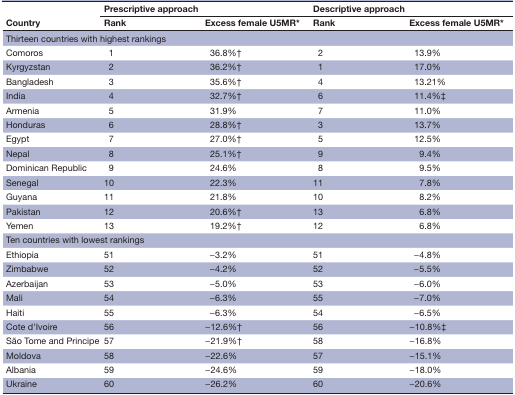
<table><thead><tr><td rowspan="2"><b>Country</b></td><td colspan="2"><b>Prescriptive approach</b></td><td colspan="2"><b>Descriptive approach</b></td></tr><tr><td><b>Rank</b></td><td><b>Excess female U5MR*</b></td><td><b>Rank</b></td><td><b>Excess female U5MR*</b></td></tr></thead><tbody><tr><td colspan="5">Thirteen countries with highest rankings</td></tr><tr><td>Comoros</td><td>1</td><td>36.8%†</td><td>2</td><td>13.9%</td></tr><tr><td>Kyrgyzstan</td><td>2</td><td>36.2%†</td><td>1</td><td>17.0%</td></tr><tr><td>Bangladesh</td><td>3</td><td>35.6%†</td><td>4</td><td>13.21%</td></tr><tr><td>India</td><td>4</td><td>32.7%†</td><td>6</td><td>11.4%‡</td></tr><tr><td>Armenia</td><td>5</td><td>31.9%</td><td>7</td><td>11.0%</td></tr><tr><td>Honduras</td><td>6</td><td>28.8%†</td><td>3</td><td>13.7%</td></tr><tr><td>Egypt</td><td>7</td><td>27.0%†</td><td>5</td><td>12.5%</td></tr><tr><td>Nepal</td><td>8</td><td>25.1%†</td><td>9</td><td>9.4%</td></tr><tr><td>Dominican Republic</td><td>9</td><td>24.6%</td><td>8</td><td>9.5%</td></tr><tr><td>Senegal</td><td>10</td><td>22.3%</td><td>11</td><td>7.8%</td></tr><tr><td>Guyana</td><td>11</td><td>21.8%</td><td>10</td><td>8.2%</td></tr><tr><td>Pakistan</td><td>12</td><td>20.6%†</td><td>13</td><td>6.8%</td></tr><tr><td>Yemen</td><td>13</td><td>19.2%†</td><td>12</td><td>6.8%</td></tr><tr><td colspan="5">Ten countries with lowest rankings</td></tr><tr><td>Ethiopia</td><td>51</td><td>−3.2%</td><td>51</td><td>−4.8%</td></tr><tr><td>Zimbabwe</td><td>52</td><td>−4.2%</td><td>52</td><td>−5.5%</td></tr><tr><td>Azerbaijan</td><td>53</td><td>−5.0%</td><td>53</td><td>−6.0%</td></tr><tr><td>Mali</td><td>54</td><td>−6.3%</td><td>55</td><td>−7.0%</td></tr><tr><td>Haiti</td><td>55</td><td>−6.3%</td><td>54</td><td>−6.5%</td></tr><tr><td>Cote d&#x27;Ivoire</td><td>56</td><td>−12.6%†</td><td>56</td><td>−10.8%‡</td></tr><tr><td>São Tome and Principe</td><td>57</td><td>−21.9%†</td><td>58</td><td>−16.8%</td></tr><tr><td>Moldova</td><td>58</td><td>−22.6%</td><td>57</td><td>−15.1%</td></tr><tr><td>Albania</td><td>59</td><td>−24.6%</td><td>59</td><td>−18.0%</td></tr><tr><td>Ukraine</td><td>60</td><td>−26.2%</td><td>60</td><td>−20.6%</td></tr></tbody></table>